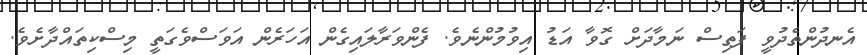
އެނދުންތެދުވީ ފަތިސް ނަމާދަށް ގޮވާ އަޑު އިވުމުންނެވެ. ފެންވަރާލައިގެން އަހަރެން އަވަސްވެގަތީ މިސްކިތައްދާށެވެ.